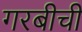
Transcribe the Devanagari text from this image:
गरबीची